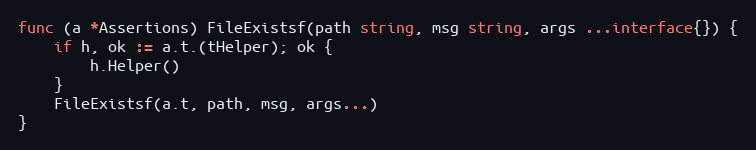
Language: Go
func (a *Assertions) FileExistsf(path string, msg string, args ...interface{}) {
	if h, ok := a.t.(tHelper); ok {
		h.Helper()
	}
	FileExistsf(a.t, path, msg, args...)
}